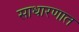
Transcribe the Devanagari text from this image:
साधारणात